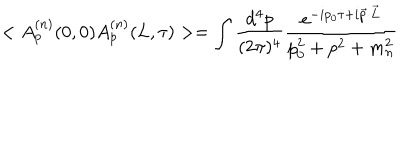
< A _ { p } ^ { ( n ) } ( 0 , 0 ) A _ { p } ^ { ( n ) } ( L , \tau ) > = \int \frac { d ^ { 4 } p } { ( 2 \pi ) ^ { 4 } } \frac { e ^ { - i p _ { 0 } \tau + i \vec { p } \cdot \vec { L } } } { p _ { 0 } ^ { 2 } + p ^ { 2 } + m _ { n } ^ { 2 } }